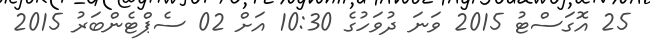
25 އޮގަސްޓު 2015 ވަނަ ދުވަހުގެ 10:30 އަށް 02 ސެޕްޓެންބަރު 2015